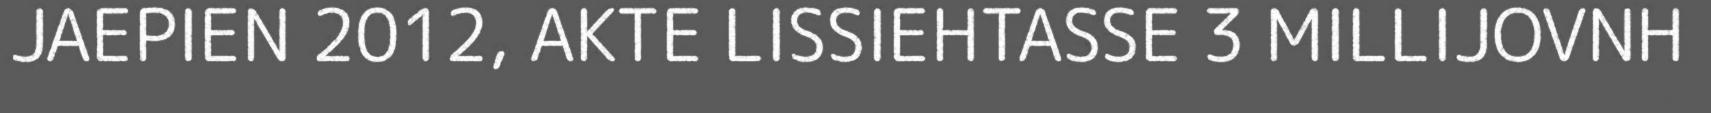
JAEPIEN 2012, AKTE LISSIEHTASSE 3 MILLIJOVNH